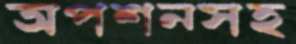
অপশনসহ